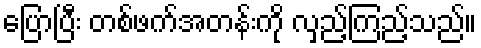
ပြောပြီး တစ်ဖက်အတန်းကို လှည့်ကြည့်သည်။